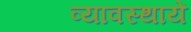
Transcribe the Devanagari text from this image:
व्यावस्थायें